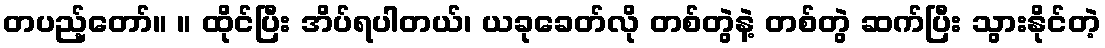
တပည့်တော်။ ။ ထိုင်ပြီး အိပ်ရပါတယ်၊ ယခုခေတ်လို တစ်တွဲနဲ့ တစ်တွဲ ဆက်ပြီး သွားနိုင်တဲ့